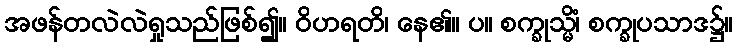
အဖန်တလဲလဲရှုသည်ဖြစ်၍။ ဝိဟရတိ၊ နေ၏။ ပ။ စက္ခုသ္မိံ၊ စက္ခုပသာဒ၌။